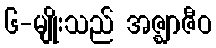
၆-မျိုးသည် အဇ္ဈာဇီဝ